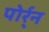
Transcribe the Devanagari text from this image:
पोर्र्न